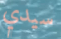
سيدي